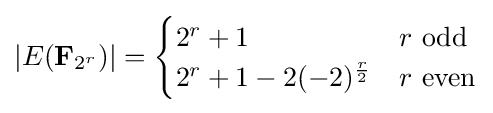
\left|E(\mathbf {F} _{2^{r}})\right|={\begin{cases}2^{r}+1&r{\text{ odd}}\\2^{r}+1-2(-2)^{\frac {r}{2}}&r{\text{ even}}\end{cases}}